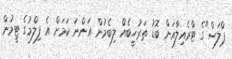
ޕްލަސް"ގެ ޓްރެއިލާއަށް ބޮޑު ތަރުހީބެއް ލިބެމުން އަންނަ ކަމަށް އެ ފިލްމުގެ ޓީމުން